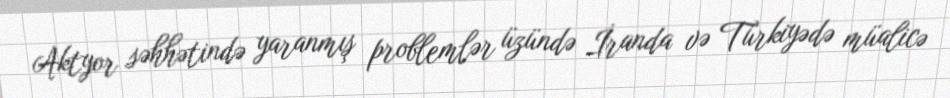
Aktyor səhhətində yaranmış problemlər üzündə İranda və Türkiyədə müalicə